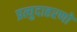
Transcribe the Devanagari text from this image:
प्रत्युदाहरणों